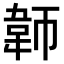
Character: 𬰪